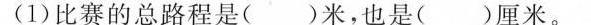
(1)比赛的总路程是( )米，也是( )厘米。